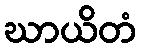
ဃာယိတံ